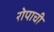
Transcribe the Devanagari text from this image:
रोपाची